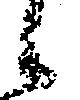
候